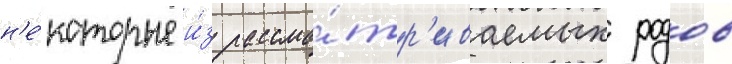
н'е́которые и́з рассма́тр'иваемых родов